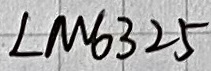
Text: LM6325